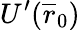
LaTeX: U^{\prime}(\overline{{r}}_{0})